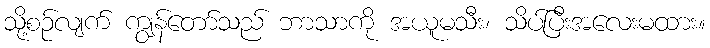
သို့စဉ်လျက် ကျွန်တော်သည် ဘာသာကို အယူမသီး၊ သိပ်ပြီးအလေးမထား။